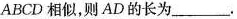
ABCD相似，则AD的长为___.